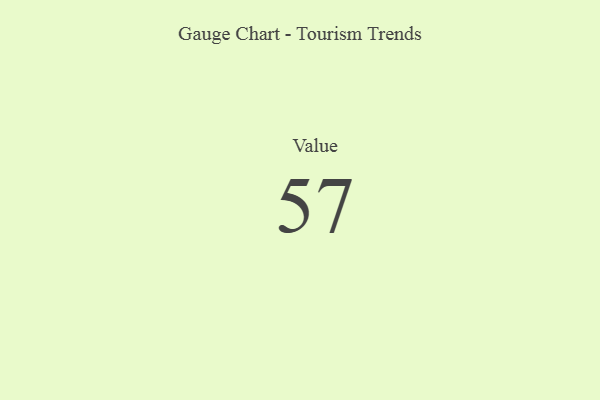
{"axis": {"x": "Metric", "y": "Value"}, "legend": [""], "data": [{"x": "Value", "y": 57, "type": ""}]}